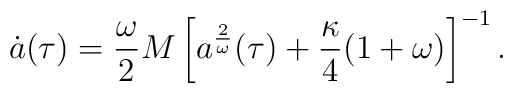
\dot{a}({\tau}) = \frac{\omega}{2} M \left[a^{\frac{2}{\omega}}(\tau) + \frac{\kappa}{4}(1 + \omega)\right]^{-1}.